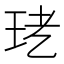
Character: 𤤜